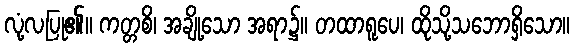
လုံ့လပြု၏။ ကတ္တစိ၊ အချို့သော အရာ၌။ တထာရူပေ၊ ထိုသို့သဘောရှိသော။